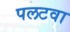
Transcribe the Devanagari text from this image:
पलटवा